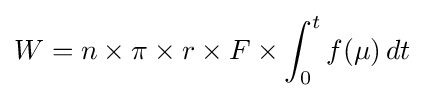
W=n\times \pi \times r\times F\times \int _{0}^{t}f(\mu )\,dt